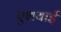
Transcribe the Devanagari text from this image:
एशयाई